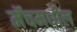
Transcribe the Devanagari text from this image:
मॅचमधील